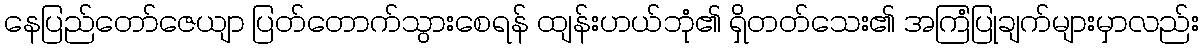
နေပြည်တော်ဇေယျာ ပြတ်တောက်သွားစေရန် ထျန်းဟယ်ဘုံ၏ ရှိတတ်သေး၏ အကြံပြုချက်များမှာလည်း